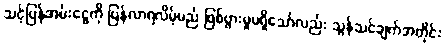
သင့်ပြန်အမ်းငွေကို ပြန်လာရလိမ့်မည် ဖြစ်ပွားမှုမရှိသော်လည်း သွန်သင်ချက်အတိုင်း